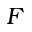
F